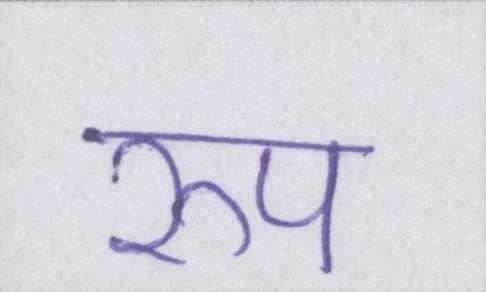
रुप